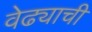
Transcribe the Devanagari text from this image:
वेढ्याची